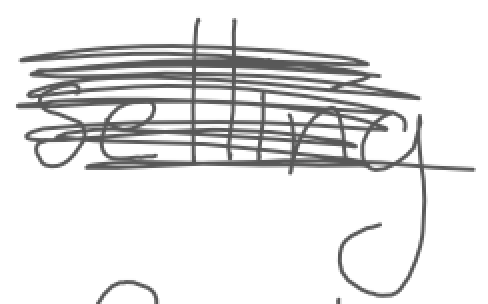
Text: selling
Cross-out: scratch
Writing tool: digital_gray